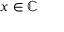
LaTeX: x \in \mathbb { C }